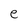
Character: e